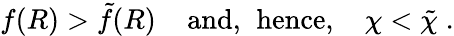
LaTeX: f(R)>\tilde{f}(R)\; \; \; \; \mathrm{and,}\; \; \mathrm{hence,}\; \; \; \; \chi<\tilde{\chi}\; .